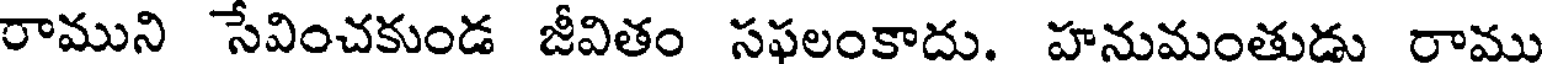
రాముని సేవించకుండ జీవితం సఫలంకాదు. హనుమంతుడు రాము